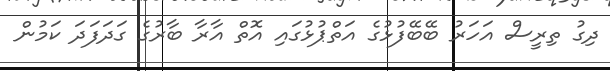
ދިގު ތިރީސް އަހަރު ބޭބޭފުޅުގެ އަތްޕުޅުގައި އޮތް އާރާ ބާރުގެ ގަދަފަދަ ކަމުން